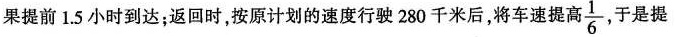
果提前1.5小时到达；返回时，按原计划的速度行驶280千米后，将车速提高\frac{1}{6},于是提